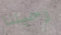
رحيلنا